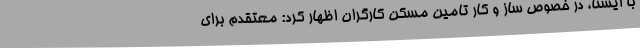
با ایسنا، در خصوص ساز و کار تامین مسکن کارگران اظهار کرد: معتقدم برای